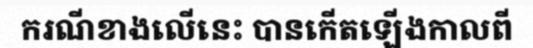
ករណីខាងលើនេះ បានកើតឡើងកាលពី